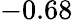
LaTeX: -0.68